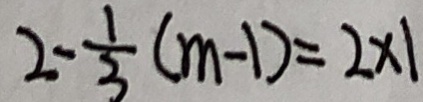
2 - \frac { 1 } { 3 } ( m - 1 ) = 2 \times 1